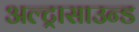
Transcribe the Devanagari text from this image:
अल्‍ट्रासाउन्‍ड